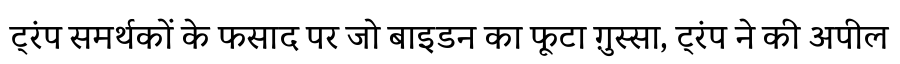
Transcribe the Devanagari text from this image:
ट्रंप समर्थकों के फसाद पर जो बाइडन का फूटा ग़ुस्सा, ट्रंप ने की अपील